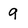
Character: 9